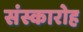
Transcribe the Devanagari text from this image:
संस्कारोह